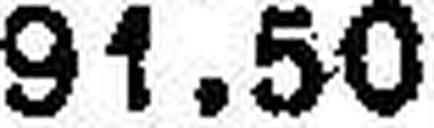
91.50